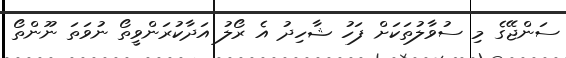
ސަންޖޭގެ މި ސުވާލުތަކަށް ފަހު ޝާހިދު އެ ރޯލު އަދާކުރަންވީތޯ ނުވަތަ ނޫންތޯ